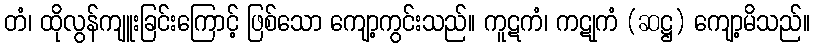
တံ၊ ထိုလွန်ကျူးခြင်းကြောင့် ဖြစ်သော ကျော့ကွင်းသည်။ ကူဋကံ၊ ကဋုကံ (ဆဋ္ဌ) ကျော့မိသည်။